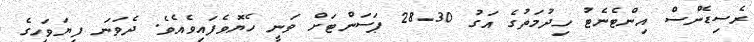
ރެސިޑެންސް އިންޓެނެޓު ހިދުމަތުގެ އަގު 30-28 ޕަސަންޓަށް ވަނީ ހެޔޮވެފައިވެއެވެ. ދެވަނަ ފިޔަވަހީގެ